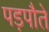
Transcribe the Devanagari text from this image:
पड़पौते